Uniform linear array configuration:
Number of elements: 8
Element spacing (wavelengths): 0.5
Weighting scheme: blackman
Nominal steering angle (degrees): -30
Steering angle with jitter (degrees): -31.816
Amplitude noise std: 0.05
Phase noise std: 0.05

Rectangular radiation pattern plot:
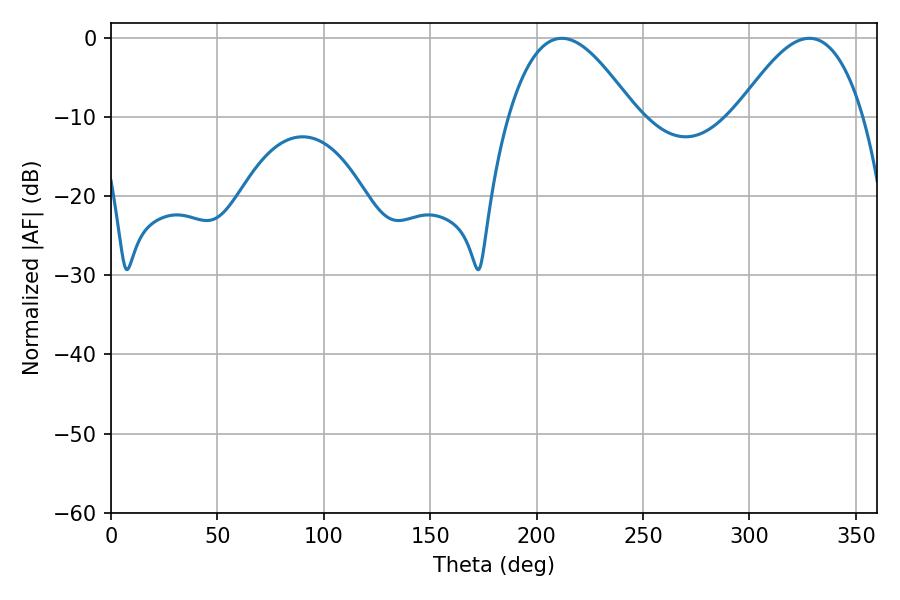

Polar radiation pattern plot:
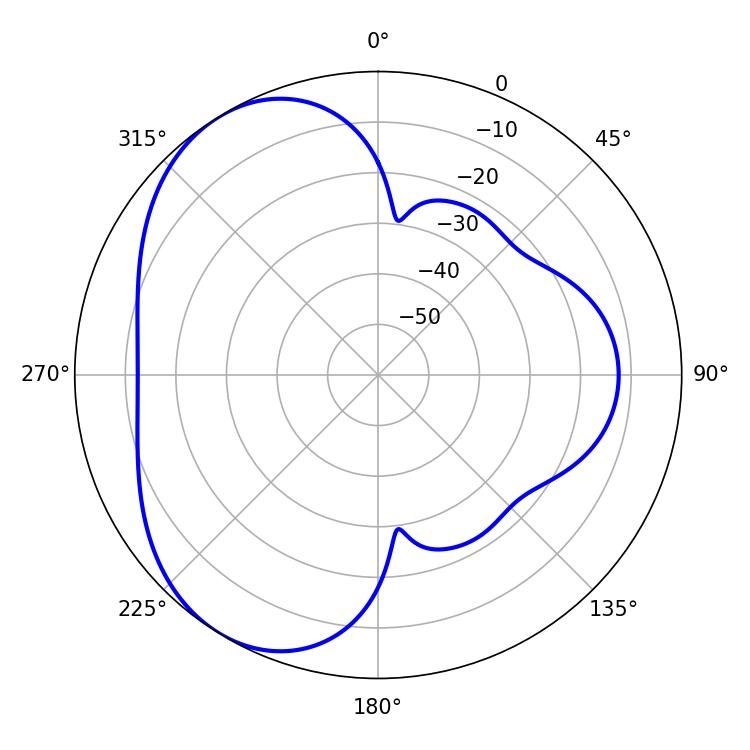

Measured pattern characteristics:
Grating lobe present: FALSE
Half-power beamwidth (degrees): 32.4
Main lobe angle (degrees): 211.86